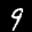
Label: 9